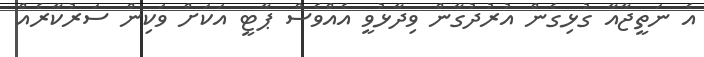
އެ ނަތީޖާއާ ގުޅިގެން އުރުދުގާން ވިދާޅުވީ އެއްވެސް ޕާޓީ އަކަށް ވަކިން ސަރުކާރެއް